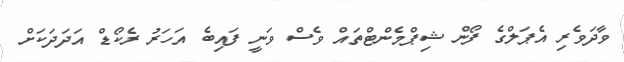
ވާދަވެރި އެޕަލްގެ ފޯން ޝިޕްމެންޓްތައް ވެސް ވަނީ ފައިބެ އަހަރު ރެކޯޑް އަދަދަކަށް